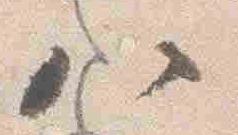
八